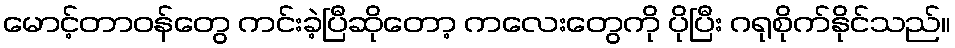
မောင့်တာဝန်တွေ ကင်းခဲ့ပြီဆိုတော့ ကလေးတွေကို ပိုပြီး ဂရုစိုက်နိုင်သည်။